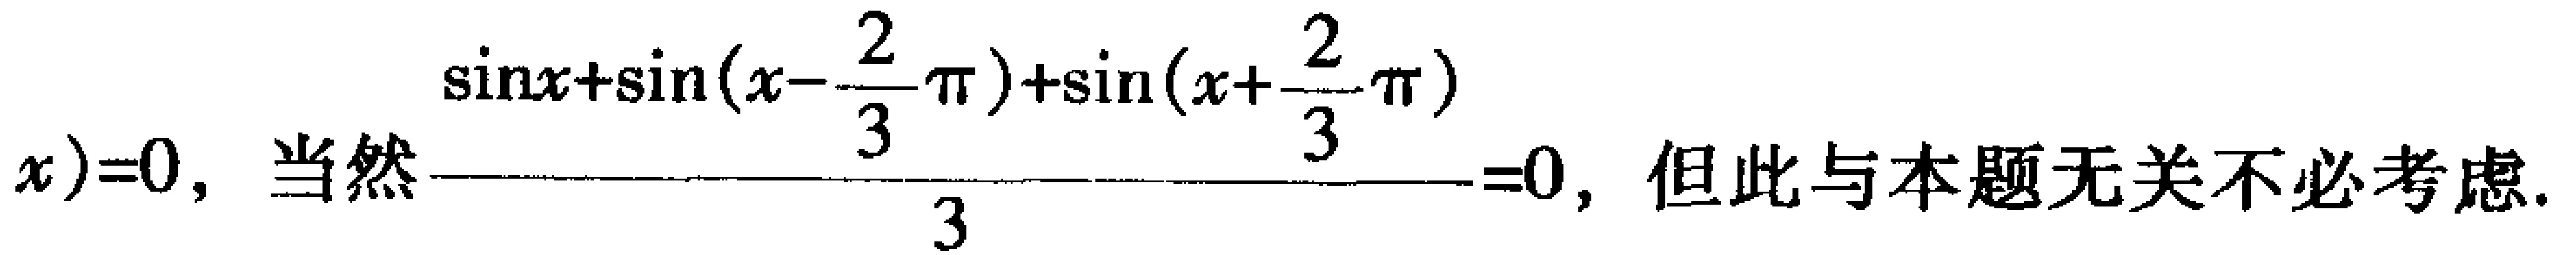
\(x)=0,\ 当然\frac{\sin x+\sin(x - \frac{2}{3}\pi)+\sin(x + \frac{2}{3}\pi)}{3}=0,\ 但此与本题无关不必考虑.\)